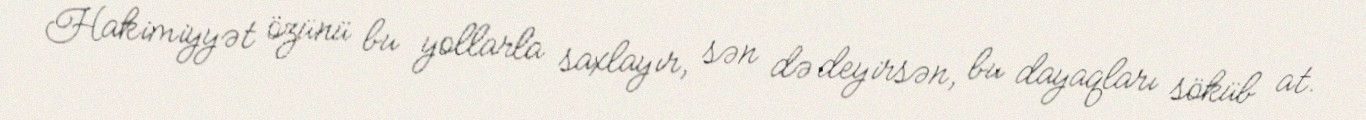
Hakimiyyət özünü bu yollarla saxlayır, sən də deyirsən, bu dayaqları söküb at.